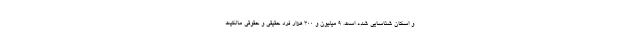
و اسکان شناسایی شده است. ۹ میلیون و ۳۰۰ هزار فرد حقیقی و حقوقی مالکیت